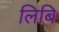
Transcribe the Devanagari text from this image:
लिबि